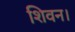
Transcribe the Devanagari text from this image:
शिवन।